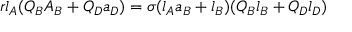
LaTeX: r l _ { A } ( Q _ { B } A _ { B } + Q _ { D } a _ { D } ) = \sigma ( l _ { A } a _ { B } + l _ { B } ) ( Q _ { B } l _ { B } + Q _ { D } l _ { D } )